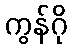
ကွန်ဂို